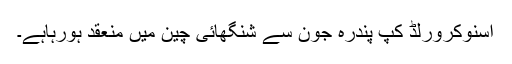
اسنوکرورلڈ کپ پندرہ جون سے شنگھائی چین میں منعقد ہورہاہے۔